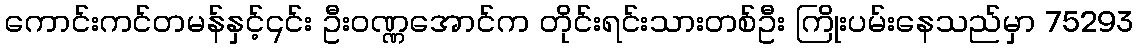
ကောင်းကင်တမန်နှင့်၎င်း ဦးဝဏ္ဏအောင်က တိုင်းရင်းသားတစ်ဦး ကြိုးပမ်းနေသည်မှာ 75293